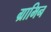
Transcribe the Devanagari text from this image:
ग्रामिन